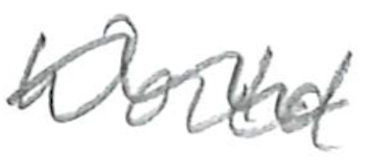
Text: World
Cross-out: wave
Writing tool: pencil